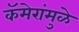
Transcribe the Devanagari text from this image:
कॅमेरांमुळे